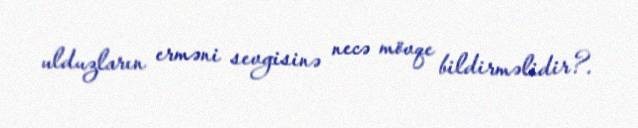
ulduzların erməni sevgisinə necə mövqe bildirməlidir?.